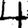
Digit: 4